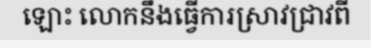
ឡោះ លោកនឹងធ្វើការស្រាវជ្រាវពី